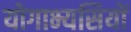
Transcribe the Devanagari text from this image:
योगाभ्यसियों